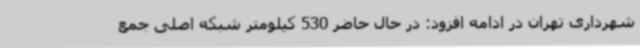
شهرداری تهران در ادامه افزود: در حال حاضر 530 کیلومتر شبکه اصلی جمع